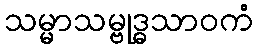
သမ္မာသမ္ဗုဒ္ဓသာဝကံ